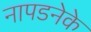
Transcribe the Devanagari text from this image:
नापडनेके